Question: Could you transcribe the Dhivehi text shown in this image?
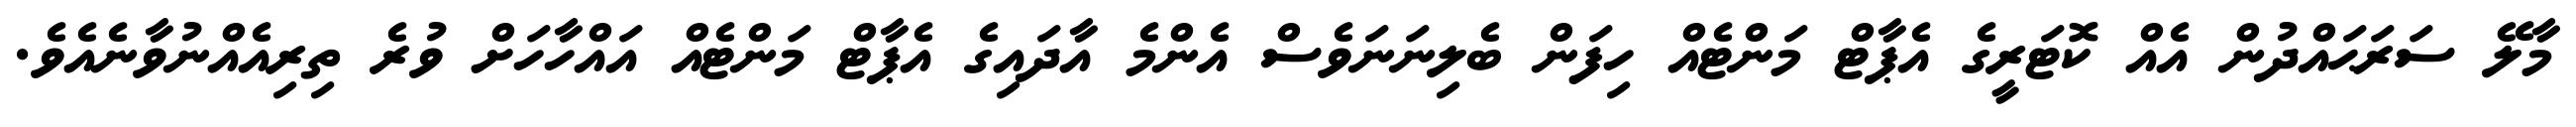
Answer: މާލޭ ސަރަޙައްދުން އެއް ކޮޓަރީގެ އެޕާޓް މަންޓެއް ހިފަން ބެލިނަނަވެސް އެންމެ އާދައިގެ އެޕާޓް މަންޓެއް އައްހާހަށް ވުރެ ތިރިއެއްނުވާނެއެވެ.